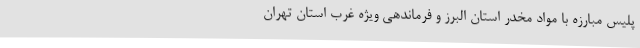
پلیس مبارزه با مواد مخدر استان البرز و فرماندهی ویژه غرب استان تهران